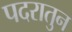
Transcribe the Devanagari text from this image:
पदरातुन